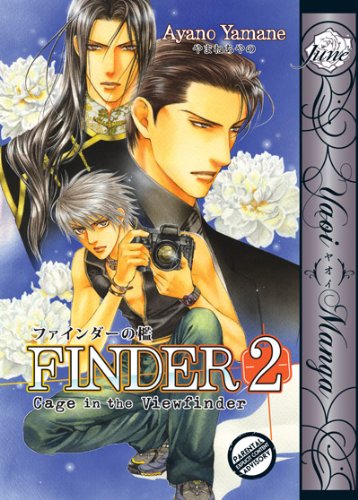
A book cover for Finder Volume 2: Cage in the View Finder (Yaoi); Ayano Yamane; Comics & Graphic Novels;